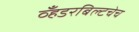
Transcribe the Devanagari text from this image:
व्हँडरबिल्टचेच